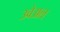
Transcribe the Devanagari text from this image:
उवेअल